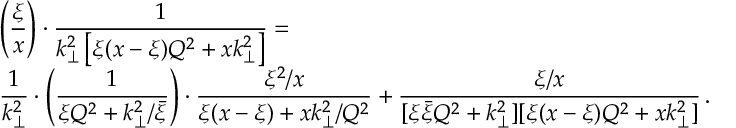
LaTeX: \begin{array} { r l } { { } } & { { \displaystyle \left( { \frac { \xi } { x } } \right) \cdot { \frac { 1 } { { k _ { \perp } ^ { 2 } } \left[ \xi ( x - \xi ) Q ^ { 2 } + x k _ { \perp } ^ { 2 } \right] } } = } } \\ { { } } & { { \displaystyle { \frac { 1 } { k _ { \perp } ^ { 2 } } } \cdot \left( { \frac { 1 } { \xi Q ^ { 2 } + k _ { \perp } ^ { 2 } / \bar { \xi } } } \right) \cdot { \frac { \xi ^ { 2 } / x } { \xi ( x - \xi ) + x k _ { \perp } ^ { 2 } / Q ^ { 2 } } } + { \frac { \xi / x } { [ \xi \bar { \xi } Q ^ { 2 } + k _ { \perp } ^ { 2 } ] [ \xi ( x - \xi ) Q ^ { 2 } + x k _ { \perp } ^ { 2 } ] } } \, . } } \end{array}